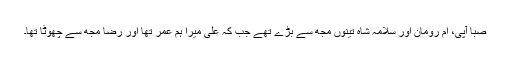
صبا آپی، ام رومان اور سلامہ شاہ تینوں مجھ سے بڑے تھے جب کہ علی میرا ہم عمر تھا اور رضا مجھ سے چھوٹا تھا۔